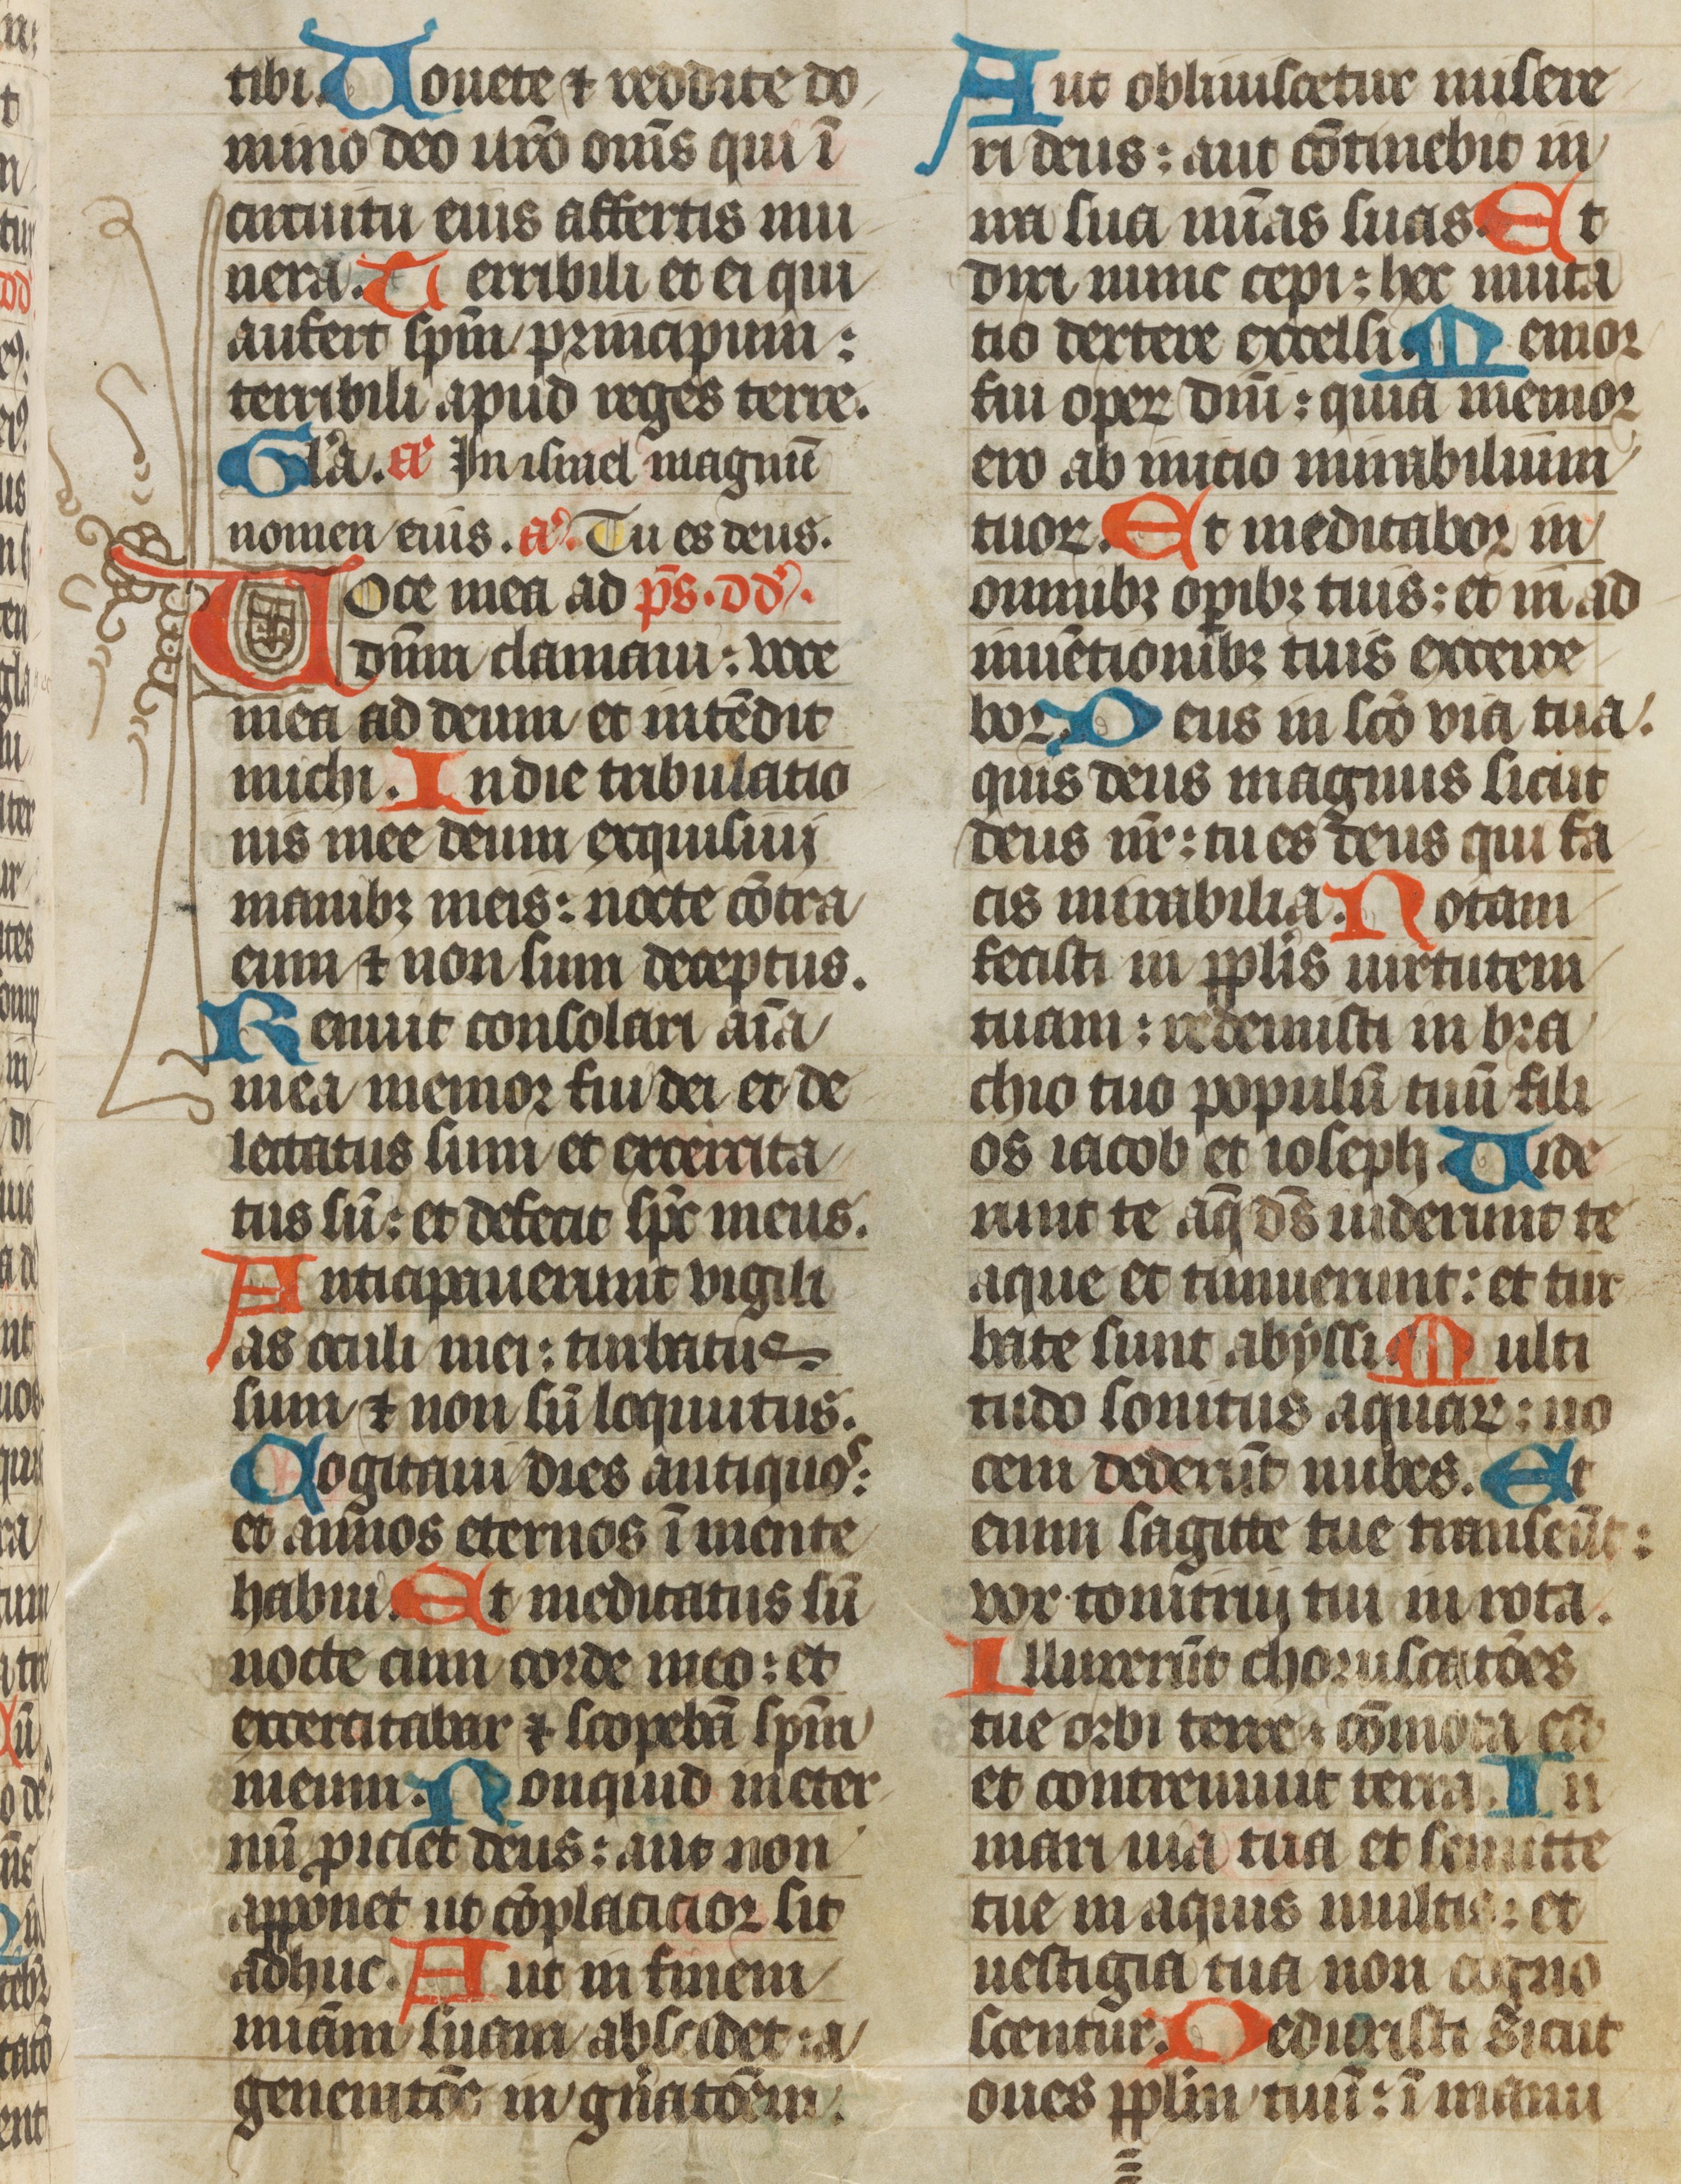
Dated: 1385–1415